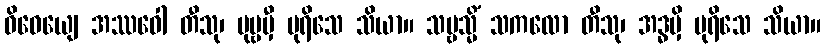
ဝိဓေယျေ အဿဝေါ တီသု၊ ပုဗ္ဗမှီ ပုရိသေ သိယာ။ သဗ္ဗသ္မိံ သကလော တီသု၊ အဒ္ဓမှိ ပုရိသေ သိယာ။